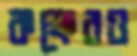
কক্ষেরও